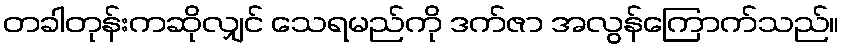
တခါတုန်းကဆိုလျှင် သေရမည်ကို ဒက်ဇာ အလွန်ကြောက်သည်။